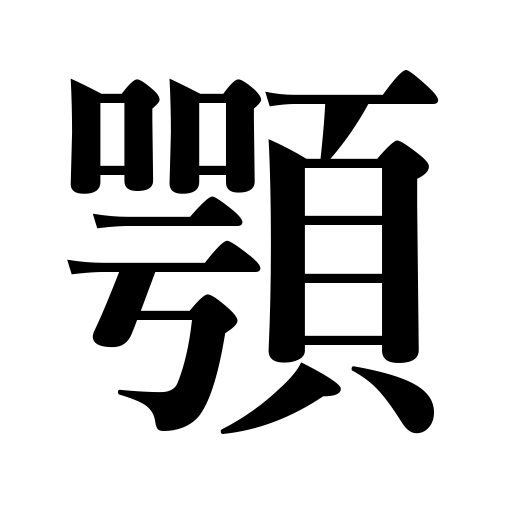
Meanings: jaw,chin